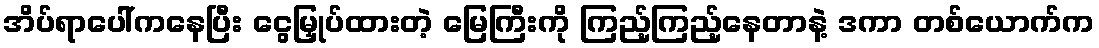
အိပ်ရာပေါ်ကနေပြီး ငွေမြှုပ်ထားတဲ့ မြေကြီးကို ကြည့်ကြည့်နေတာနဲ့ ဒကာ တစ်ယောက်က